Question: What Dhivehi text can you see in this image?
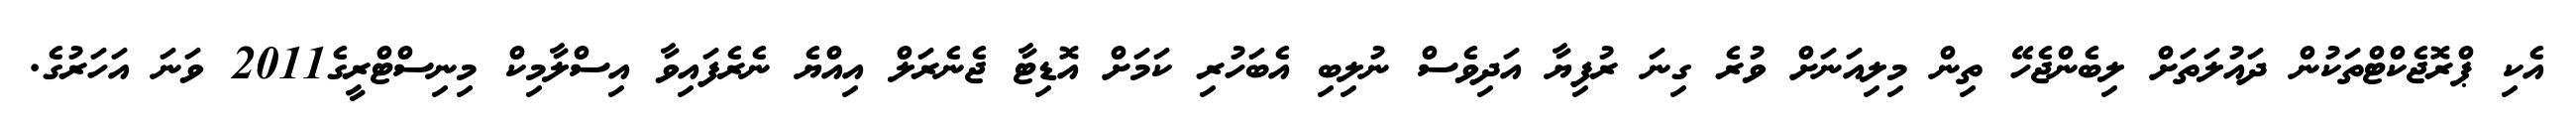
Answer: އެކި ޕްރޮޖެކްޓްތަކުން ދައުލަތަށް ލިބެންޖެހޭ ތިން މިލިއަނަށް ވުރެ ގިނަ ރުފިޔާ އަދިވެސް ނުލިބި އެބަހުރި ކަމަށް އޮޑިޓާ ޖެނެރަލް އިއްޔެ ނެރެފައިވާ އިސްލާމިކް މިނިސްޓްރީގެ2011 ވަނަ އަހަރުގެ.